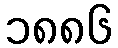
၁၈၈၆